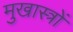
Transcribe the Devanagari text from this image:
मुखास्त्रों